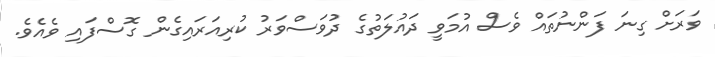
ވަރަށް ގިނަ ފަންނުތައް ވެސް އުމަވީ ދައުލަތުގެ ދުވަސްވަރު ކުރިއަރައިގެން ގޮސްފައި ވެއެވެ.